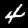
Label: 4